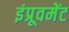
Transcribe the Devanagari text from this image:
इंप्रूवमेंट